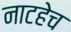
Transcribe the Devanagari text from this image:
नाटहेच